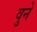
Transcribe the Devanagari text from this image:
वुने